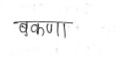
मजकूर: बकणा